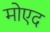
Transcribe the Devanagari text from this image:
मोएद